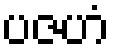
ပဇဟံ